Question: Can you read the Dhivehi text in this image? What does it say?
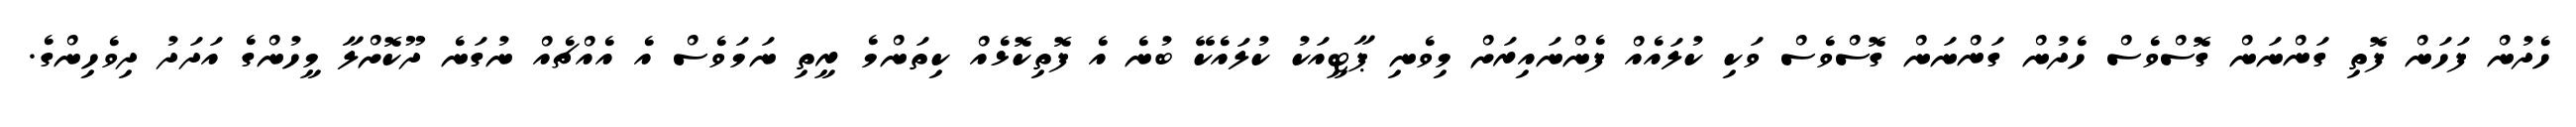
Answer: ހެދުން ފަހަން ފޮތި ގަންނަން ގޮސްވެސް ހެދުން ގަންނަން ގޮސްވެސް ވަކި ކުލައެއް ފެންނައިރަށް މިވެނި ޕާޓީއަކު ކުލައެކޭ ބުނެ އެ ފޮތިކޮޅެއް ކިތަންމެ ރީތި ނަމަވެސް އެ އެއްޗެއް ނުގަނެ ދޫކޮށްލާ މީހުންގެ އަދަދު ދިވެހިންގެ.